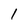
Character: 1